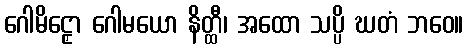
ဂေါမိဠှော ဂေါမယော နိတ္ထီ၊ အထော သပ္ပိ ဃတံ ဘဝေ။